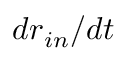
d r _ { i n } / d t